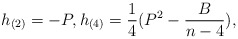
\begin{align*} h_{(2)}=-P,h_{(4)}=\frac 14(P^2-\frac{B}{n-4}),\end{align*}